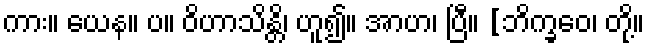
ကား။ ယေန။ ပ။ ဝိဟာသိန္တိ၊ ဟူ၍။ အာဟ၊ ပြီ။ [ဘိက္ခဝေ၊ တို့။